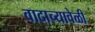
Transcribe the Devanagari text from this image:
वादाच्यावेळी